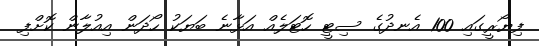
ފިޔޯރީގައި 100 އެނދުގެ ސިޓީ ހޮޓަލެއް އަޅާނެ ބަޔަކު ހޯދަން އިއުލާން ކޮށްފި